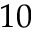
1 0